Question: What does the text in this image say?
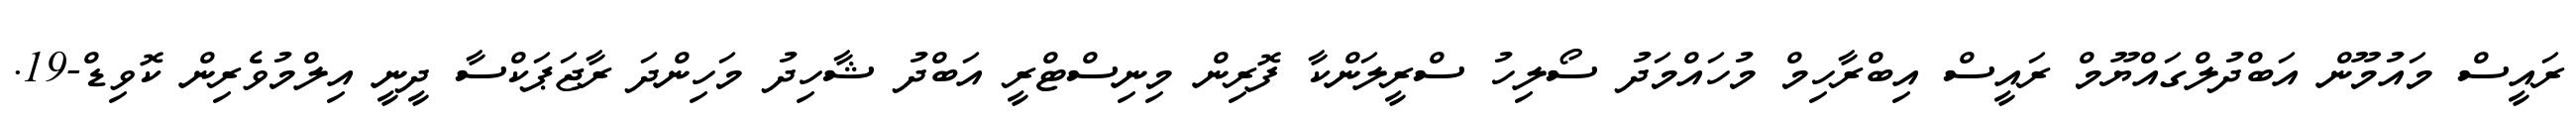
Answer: ރައީސް މައުމޫން އަބްދުލްގައްޔޫމް ރައީސް އިބްރާހިމް މުހައްމަދު ސޯލިހު ސްރީލަންކާ ފޮރިން މިނިސްޓްރީ އަބްދު ޝާހިދު މަހިންދަ ރާޖަޕަކްސާ ދީނީ އިލްމުވެރިން ކޮވިޑް-19.